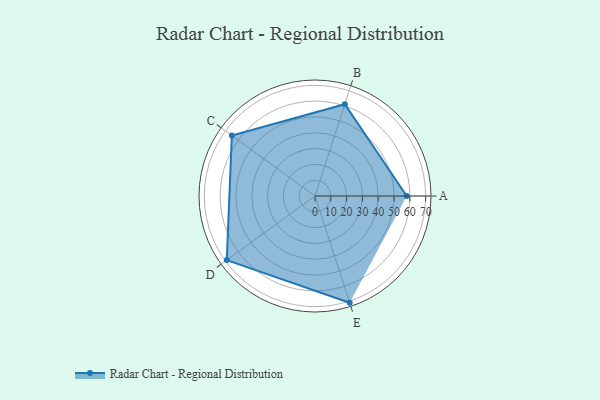
{"axis": {"x": "Skill", "y": "Score"}, "legend": ["Profile"], "data": [{"x": "A", "y": 58.0, "type": "Profile"}, {"x": "B", "y": 61.0, "type": "Profile"}, {"x": "C", "y": 65.0, "type": "Profile"}, {"x": "D", "y": 69.0, "type": "Profile"}, {"x": "E", "y": 71.0, "type": "Profile"}]}